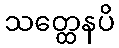
သတ္ထေနပိ